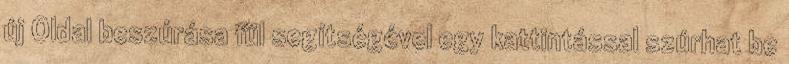
új Oldal beszúrása fül segítségével egy kattintással szúrhat be